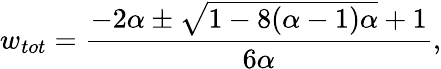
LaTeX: w_{tot}=\frac{-2\alpha\pm\sqrt{1-8(\alpha-1)\alpha}+1}{6\alpha},